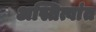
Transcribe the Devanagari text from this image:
अस्तित्वांत